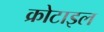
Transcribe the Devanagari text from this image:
क्रोटाइल